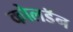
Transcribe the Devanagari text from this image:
कोलडॅन